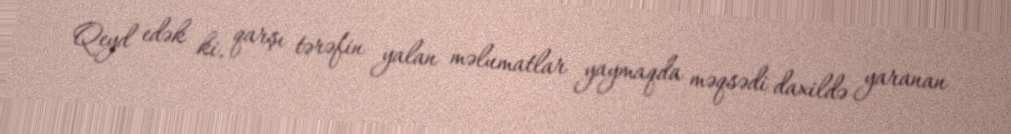
Qeyd edək ki, qarşı tərəfin yalan məlumatlar yaymaqda məqsədi daxildə yaranan